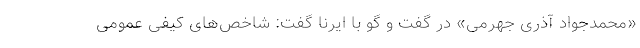
«محمدجواد آذری جهرمی» در گفت و گو با ایرنا گفت: شاخص‌های کیفی عمومی